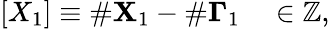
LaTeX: \begin{array}{r}{[X_{1}]\equiv\# \mathbf{X}_{1}-\# \mathbf{\Gamma}_{1}\quad\in\mathbb{Z},}\end{array}